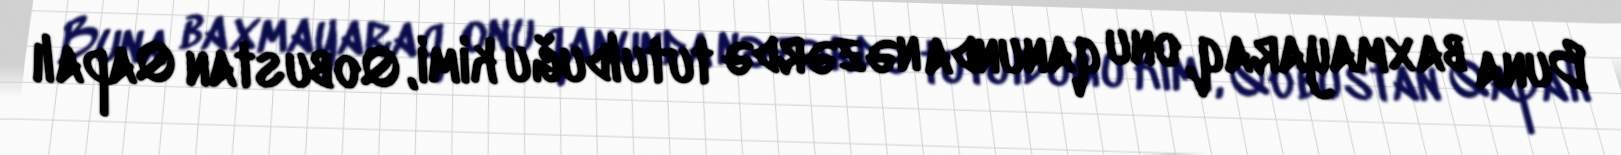
Buna baxmayaraq, onu qanunda nəzərdə tutulduğu kimi, Qobustan Qapalı